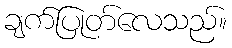
ချက်ပြုတ်လေသည်။